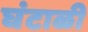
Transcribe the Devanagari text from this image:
घंटाळी